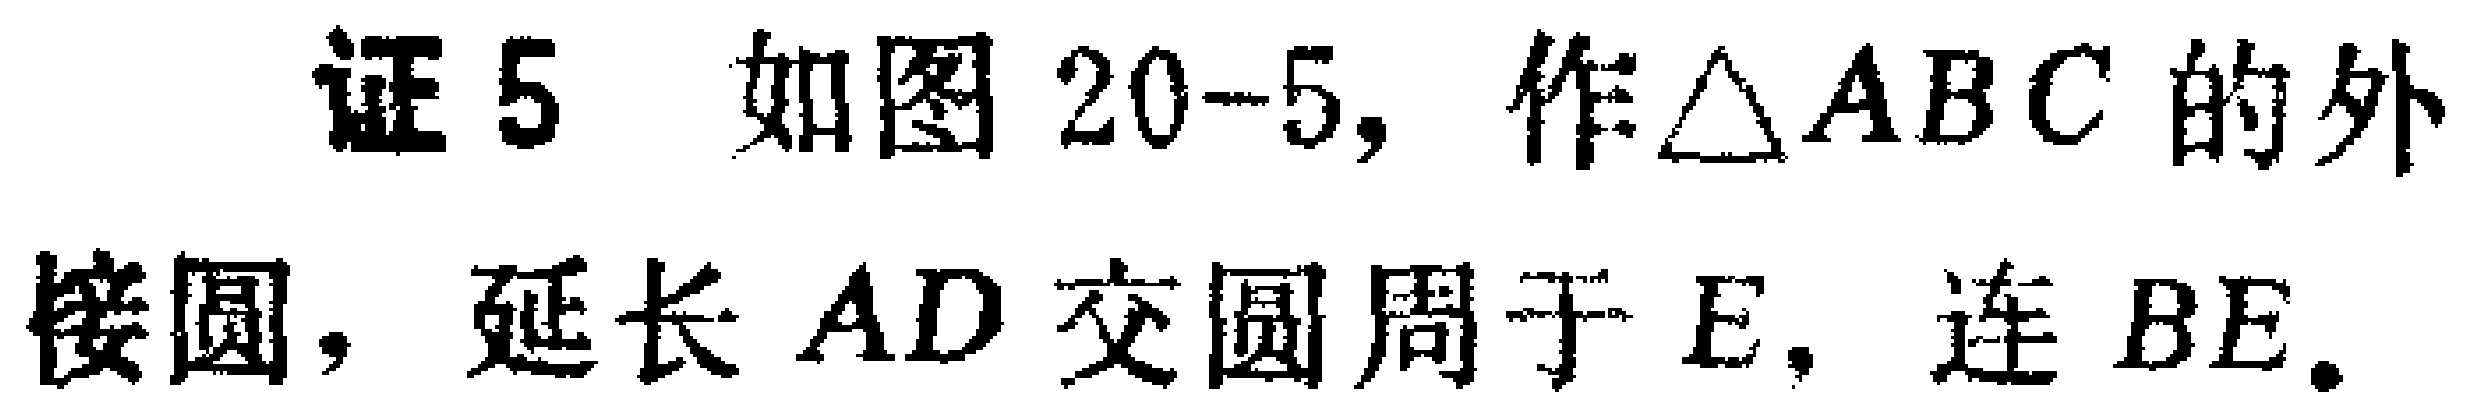
证5 如图20-5，作\(\triangle ABC\)的外接圆，延长 \(AD\) 交圆周于 \(E\)，连 \(BE\)。